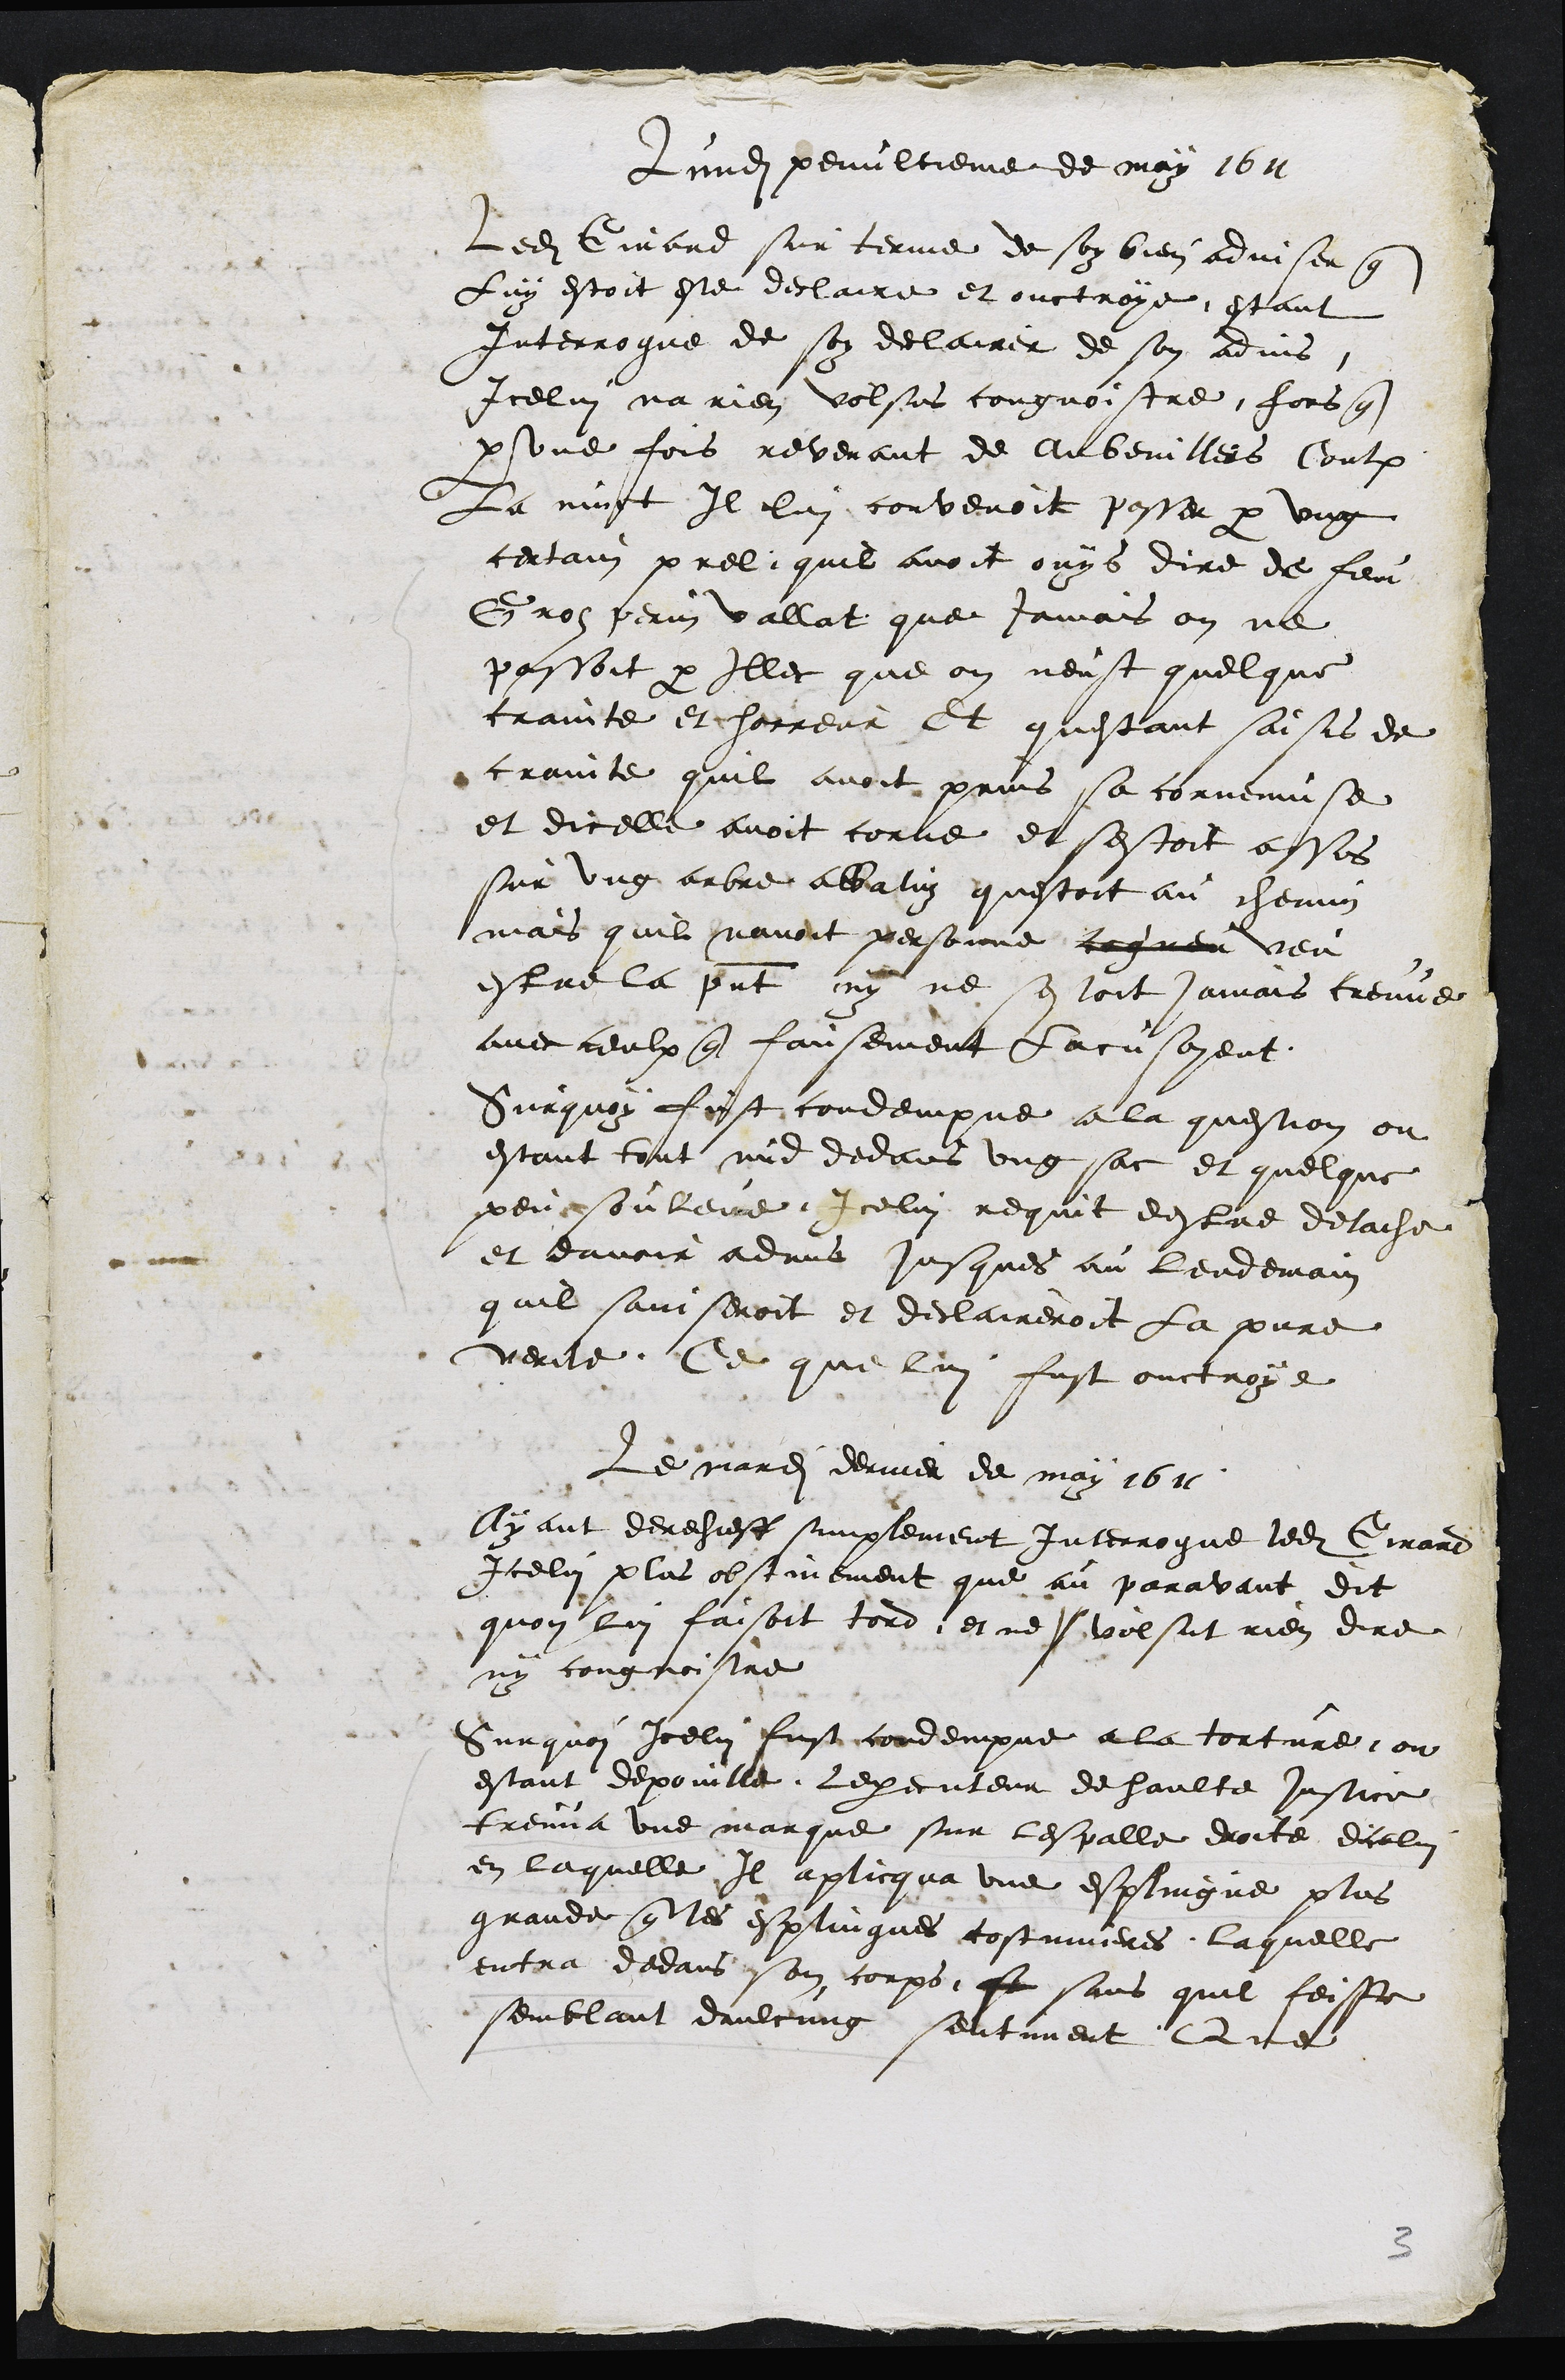
Lundi penultieme de may 1611
Ledit Girard sur terme de soy bien adviser que
Luy estoit este declaire et ouctroye estant
Interrogue de son declairer de son advis
Icelui na rien volsus congnoistre fors que
par une fois revenant de Aubenillers Contre
La nust Il lui convenoit passer par ung
certain prel quil avoit ouys dire de feu
Groz perin vallat que jamais on ne
passoit par Illec que on neust quelque
crainte et horreur Et questant saisis de
crainte quil avoit prins sa cornemuse
et dicelle avoit cortie et sestoit assis
sur ung arbre abbalun questoit au chemin
mais quil navoit personne cogneu veu
estre la present ny ne sestoit jamais treuve
avec ceulx que fausement Lacusoyent
Surquoy fust condempne a la question ou
estant tout mid dedans ung sac et quelque
penrsouleire Icelui requit destre detache
et davoir advns jusques au lendemain
quil saiiseroit et declaireroit la pure
verite. Ce que lui fust ouctroye
Le mardi dernier de may 1611
Ayant derechieff simplement interrogue ledit Girard
Icelui plus obstivement que au paravant dit
quon lui faisoit tord, et ne volsut rien dire
ny congnoistre
Surquoi Icelui fust condempne a la torture ou
estant depouille Lexecuteur de haulte justice
treuva une marque sur lespalle droite dicelui
en laquelle Il aplicqua une esplingne plus
grande que les esplingnes costumeres laquelle
entra dedans son corps se sans quil feisse
semblant daulcung sentiment Que

3